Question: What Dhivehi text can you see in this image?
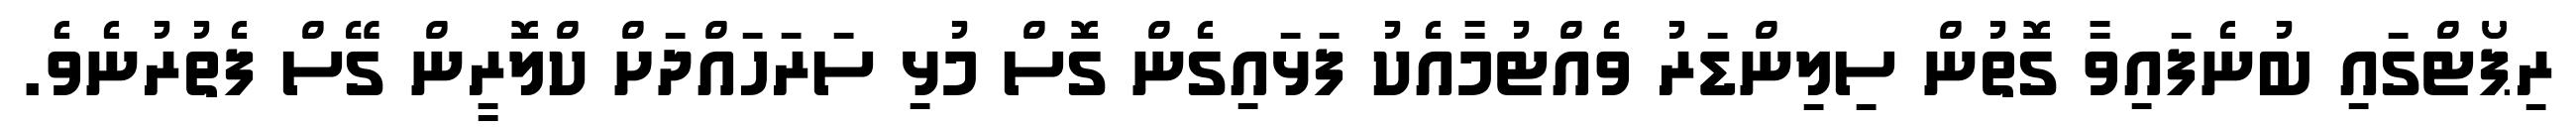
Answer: ރިޕޯޓްގައި ބުނެފައިވާ ގޮތުން ސިލިންޑަރު ވެއްޓުމާއެކު ފަޅައިގެން ގޮސް މުޅި ސަރަހައްދަށް ކްލޮރީން ގޭސް ފެތުރުނެވެ.